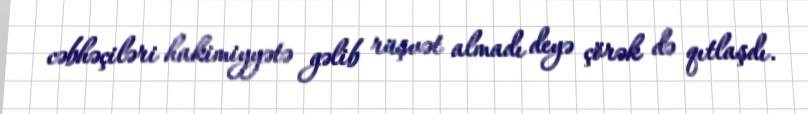
cəbhəçiləri hakimiyyətə gəlib rüşvət almadı deyə çörək də qıtlaşdı.